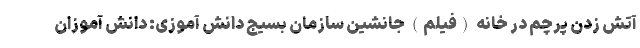
آتش زدن پرچم در خانه (فیلم) جانشین سازمان بسیج دانش آموزی: دانش آموزان